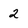
Character: 2